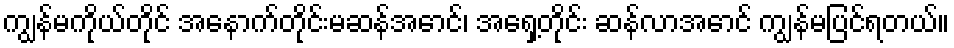
ကျွန်မကိုယ်တိုင် အနောက်တိုင်းမဆန်အောင်၊ အရှေ့တိုင်း ဆန်လာအောင် ကျွန်မပြင်ရတယ်။